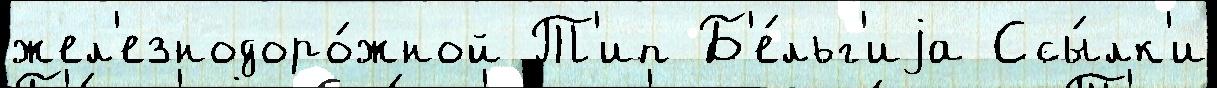
жел'езнодоро́жной Т'ип Б'е́льг'иjа Ссы́лк'и